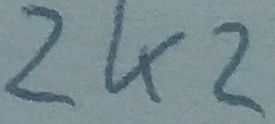
Text: 2K2